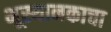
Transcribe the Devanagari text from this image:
भूस्थानकाचा